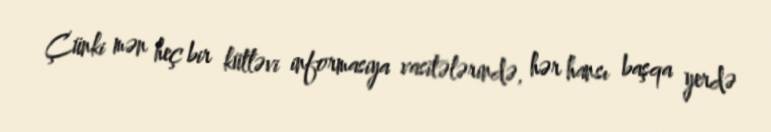
Çünki mən heç bir kütləvi informasiya vasitələrində, hər hansı başqa yerdə